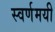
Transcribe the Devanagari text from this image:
स्‍वर्णमयी